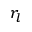
r _ { l }